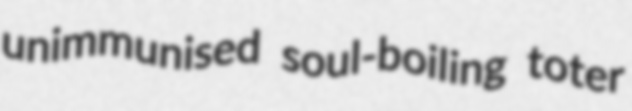
unimmunised soul-boiling toter